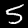
Digit: 5